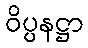
ဝိပ္ပနဋ္ဌာ